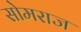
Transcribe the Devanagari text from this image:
सोमराज